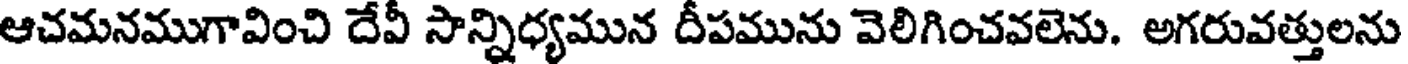
ఆచమనముగావించి దేవీ సాన్నిధ్యమున దీపమును వెలిగించవలెను. అగరువత్తులను